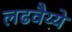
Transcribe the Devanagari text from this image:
लढवैय्ये